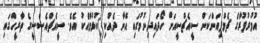
އުމުރުފުރާގެ ޗެމްޕިއަންކަން ސީއެޗްސީއަށް ހޯދައިދިނުމުގައި އޭނާ ދެއްކި ކުޅުމާއެކު އެވެ. ސީއެޗްއެސްސީގެ ތާރީހްގައި